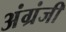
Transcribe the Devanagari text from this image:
अंग्रंजी